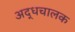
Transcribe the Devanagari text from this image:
अद्धचालक